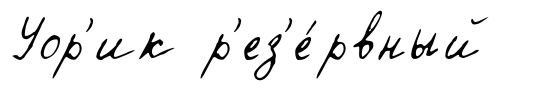
Уор'ик р'ез'е́рвный